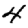
Digit: 4